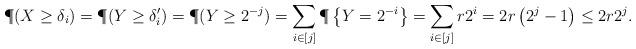
LaTeX: \begin{align*}\P(X \geq \delta_i) &= \P(Y \geq \delta_i') = \P(Y \geq 2^{-j}) = \sum_{i \in [j]} \P\left\{Y = 2^{-i} \right\} = \sum_{i \in [j]} r 2^i = 2r\left( 2^{j} - 1 \right) \leq 2r2^j.\end{align*}